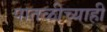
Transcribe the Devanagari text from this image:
पातळीच्याही